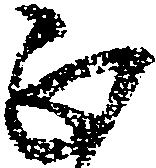
正